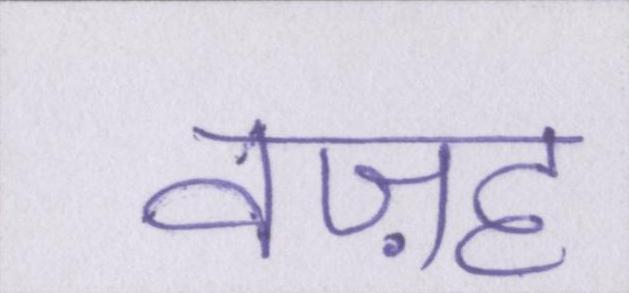
वज़ह